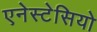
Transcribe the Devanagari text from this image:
एनेस्टेसियो